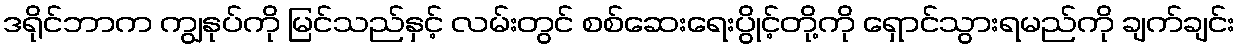
ဒရိုင်ဘာက ကျွနုပ်ကို မြင်သည်နှင့် လမ်းတွင် စစ်ဆေးရေးပွိုင့်တို့ကို ရှောင်သွားရမည်ကို ချက်ချင်း